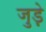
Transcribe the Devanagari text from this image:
जुड़े़